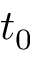
t _ { 0 }